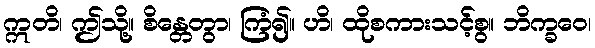
ဣတိ၊ ဤသို့။ စိန္တေတွာ၊ ကြံ၍။ ဟိ၊ ထိုစကားသင့်စွ။ ဘိက္ခဝေ၊